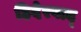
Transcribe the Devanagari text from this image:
हिदेरबाद्